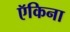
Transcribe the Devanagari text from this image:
ऍकिना